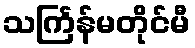
သင်္ကြန်မတိုင်မီ